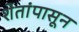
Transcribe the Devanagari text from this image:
शेतांपासून